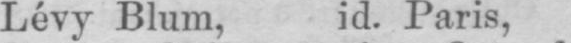
Lévy Blum. id. Paris,